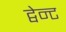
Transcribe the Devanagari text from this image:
ट्वेन्ट